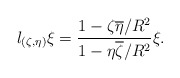
\begin{align*}l_{(\zeta,\eta)}\xi=\frac{1-\zeta\overline\eta/R^2}{1-\eta\overline\zeta/R^2 }\xi.\end{align*}